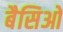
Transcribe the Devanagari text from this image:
बैसिओ